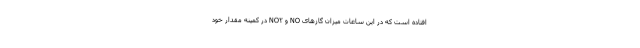
افتاده است که در این ساعات میزان گازهای NO و NO۲ در کمینه مقدار خود